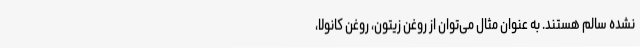
نشده سالم هستند. به عنوان مثال می‌توان از روغن زیتون، روغن کانولا،